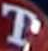
T